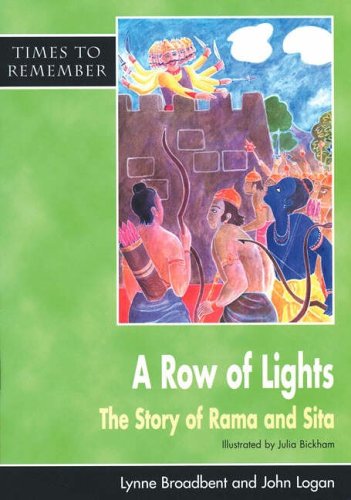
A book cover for A Row of Lights: Big Book: The Story of Rama and Sita (Times to Remember); Lynne Broadbent; Children's Books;